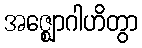
အဇ္ဈောဂါဟိတွာ